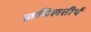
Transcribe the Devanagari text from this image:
कपिलतीर्थ